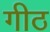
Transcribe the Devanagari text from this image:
गीठ